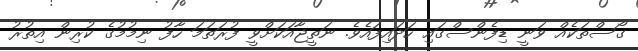
ގޯސްތަކެއް ވަނީ ޑިފެންސްގައި ހަދައިފައެވެ. ނަތީޖާއަކަަށްވީ ފުރަތަމަ ހާފު ނިމުމުގެ ކުރިން އިތުރު